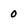
Character: 0